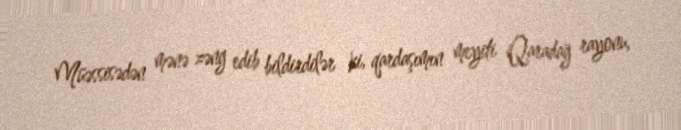
Müəssisədən mənə zəng edib bildirdilər ki, qardaşımın meyiti Qaradağ rayonu,